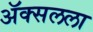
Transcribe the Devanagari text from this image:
ॲक्सलला